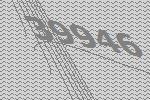
39946